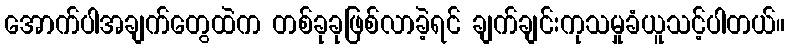
အောက်ပါအချက်တွေထဲက တစ်ခုခုဖြစ်လာခဲ့ရင် ချက်ချင်းကုသမှုခံယူသင့်ပါတယ်။